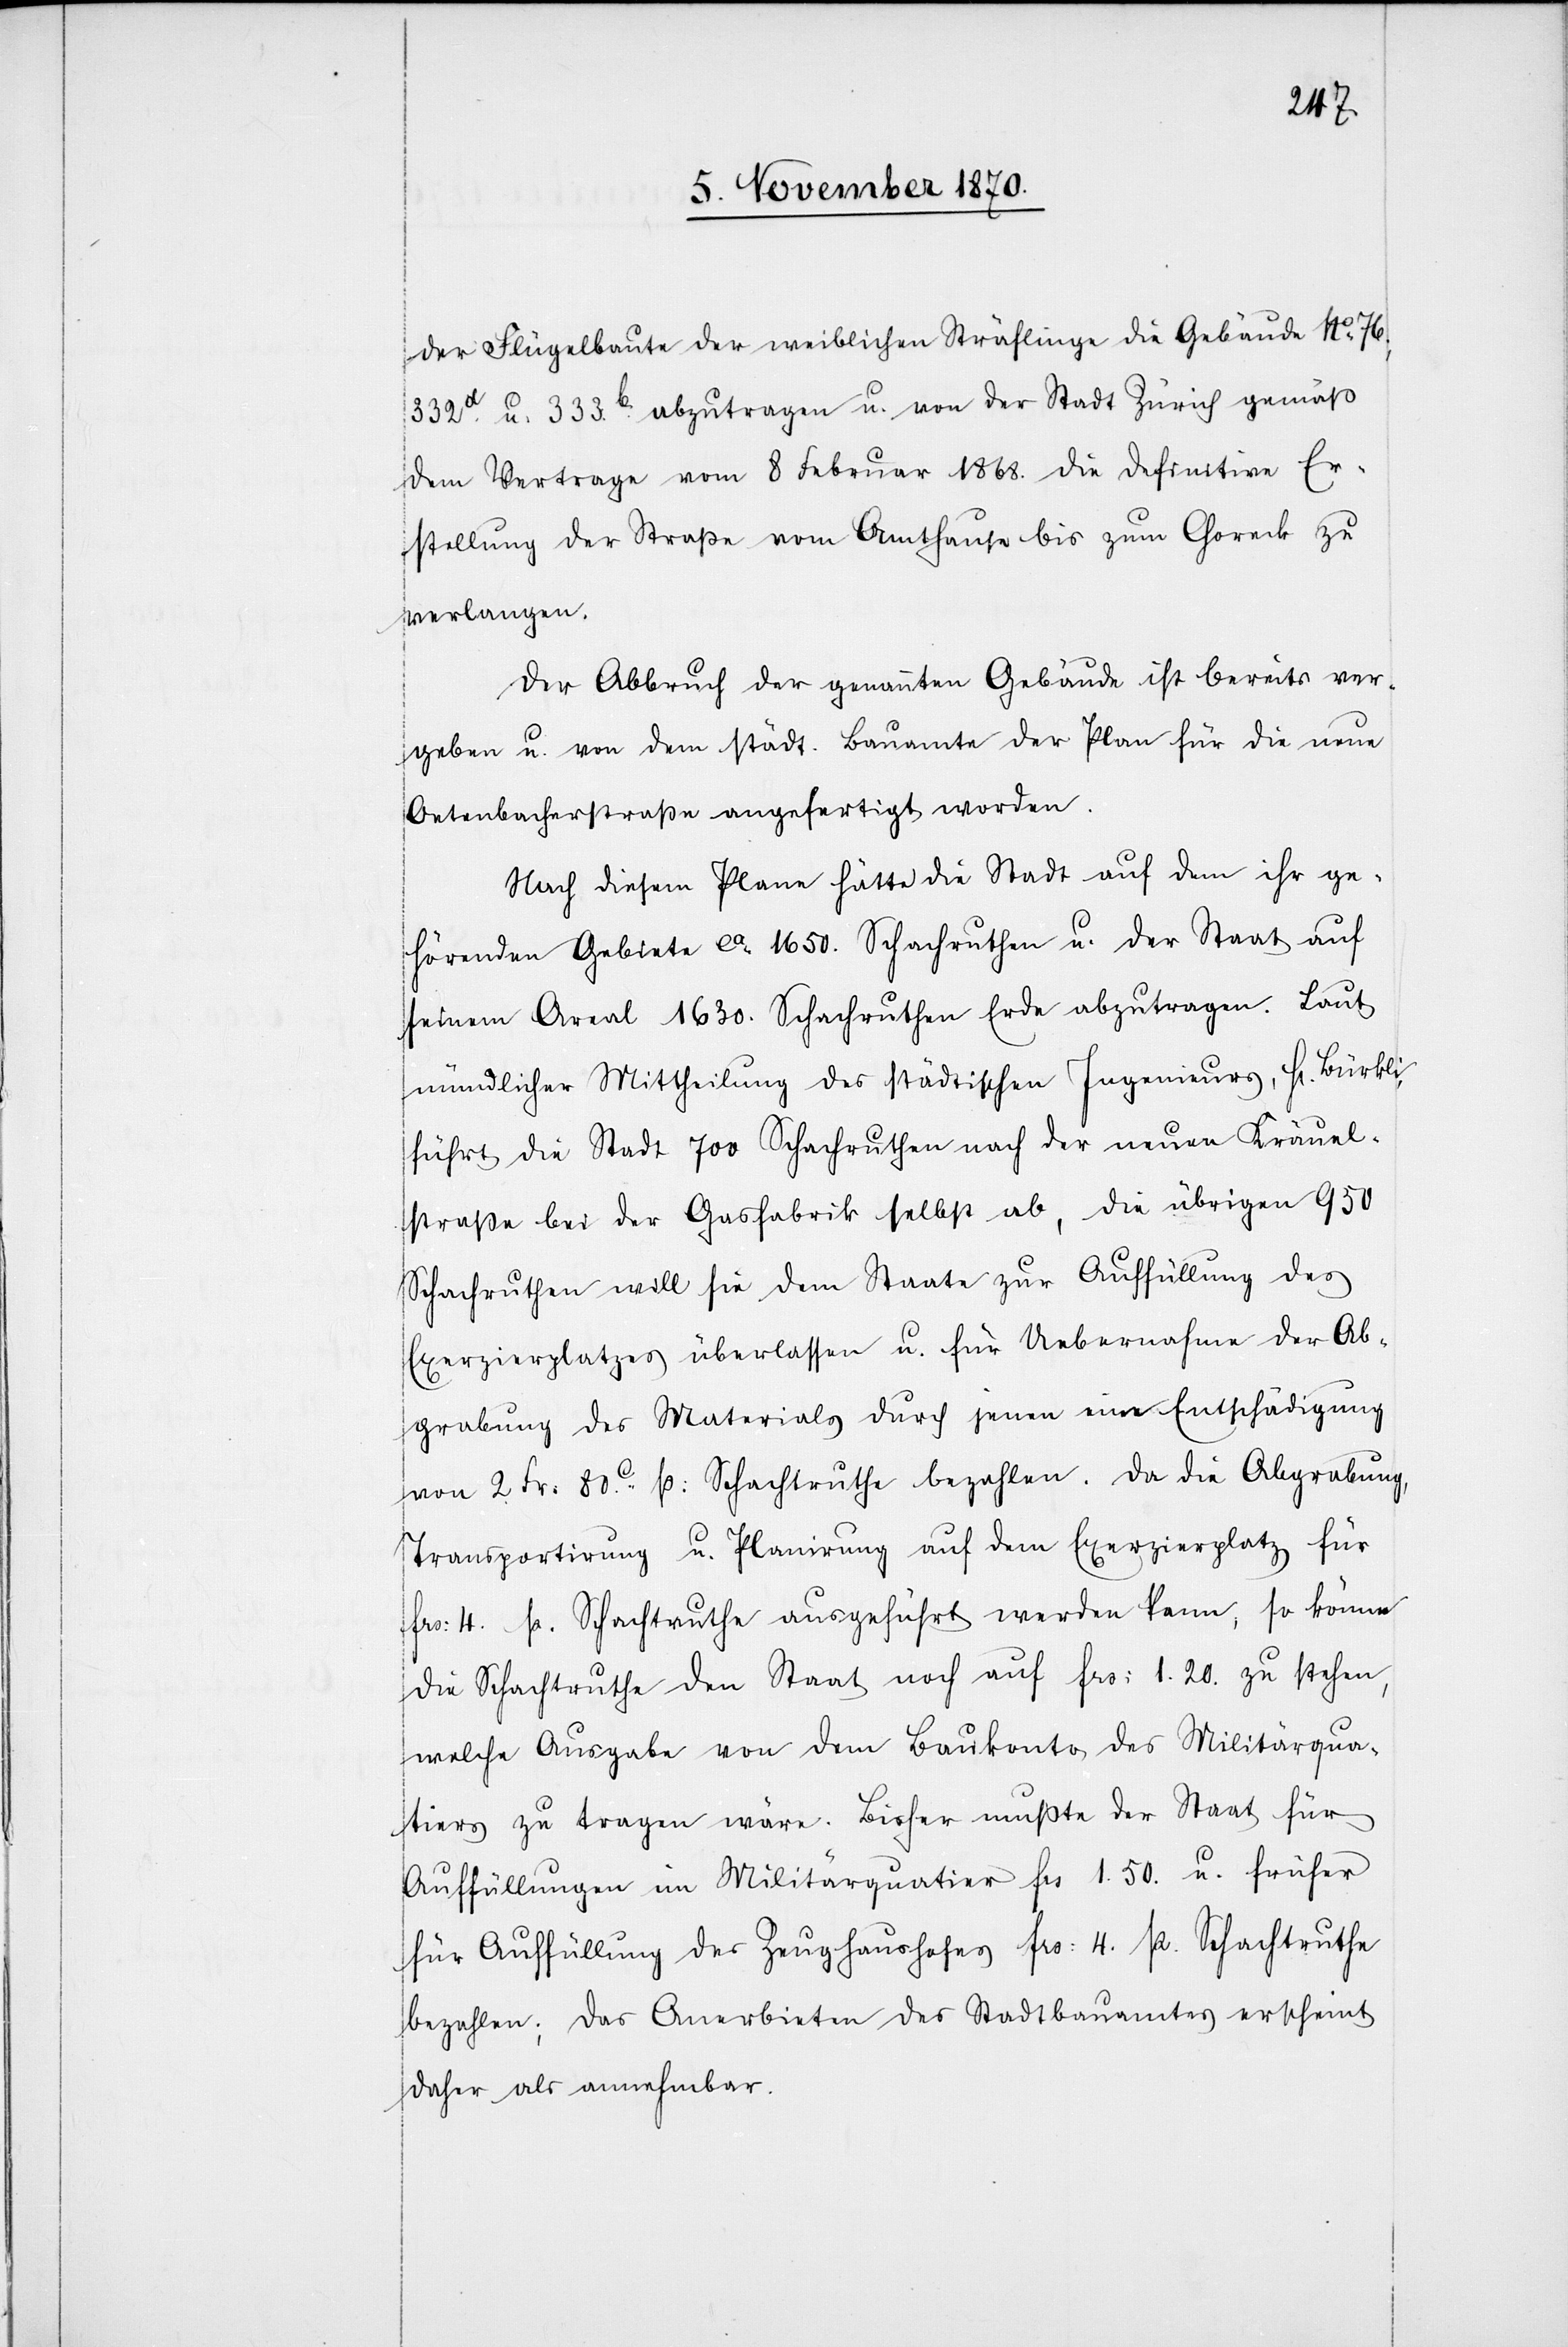
der Flügelbaute der weiblichen Sträflinge die Gebäude No 76,
332a u. 333b abzutragen u. von der Stadt Zürich gemäß
dem Vertrage vom 8 Februar 1868. die definitive Er¬
stellung der Straße vom Amthause bis zum Choreck zu
verlangen.
Der Abbruch der genannten Gebäude ist bereits ver¬
geben u. von dem städt. Bauamte der Plan für die neue
Oetenbachstraße angefertigt worden.
Nach diesem Plane hätte die Stadt auf dem ihr ge¬
hörenden Gebiete ca. 1650. Schachruthen u. der Staat auf
seinem Areal 1630. Schachruthen Erde abzutragen. Laut
mündlicher Mittheilung des städtischen Ingenieurs, H[erren]
führt die Stadt 700 Schachruthen nach der neuen Kräuel¬
straße bei der Gasfabrik selbst ab, die übrigen 950
Schachruthen will sie dem Staate zur Auffüllung des
Exerzirplatzes überlaßen u. für Uebernahme der Ab¬
grabung des Materials durch jenen eine Entschädigung
von 2 Fr: 80C. p: Schachtruthe bezahlen. Da die Abgrabung,
Transportirung u. Planirung auf dem Exerzierplatz für
Frs: 4. p. Schachtruthe ausgeführt werden kann, so könne
die Schachtruthe den Staat noch auf Frs: 1.20 zu stehen,
welche Ausgabe von dem Baukonto des Militärqua¬
tiers zu tragen wäre. Bisher mußte der Staat für
Auffüllungen im Militärquatier Frs 1.50. u. früher
für Auffüllung des Zeughaushofes Frs: 4. p. Schachtruthe
bezahlen; das Anerbieten des Stadtbauamtes erscheint
daher als annehmbar.